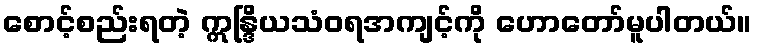
စောင့်စည်းရတဲ့ ဣန္ဒြိယသံဝရအကျင့်ကို ဟောတော်မူပါတယ်။